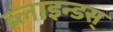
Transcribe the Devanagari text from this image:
ब्लाइन्डस्